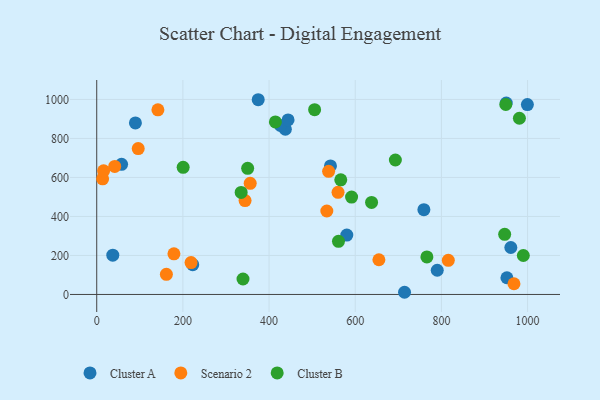
{"axis": {"x": "Ad Spend", "y": "Exam Score"}, "legend": ["Cluster A", "Cluster B", "Scenario 2"], "data": [{"x": "374.8", "y": 998.6, "type": "Cluster A"}, {"x": "961.1", "y": 240.9, "type": "Cluster A"}, {"x": "437.8", "y": 847.3, "type": "Cluster A"}, {"x": "950.5", "y": 981.9, "type": "Cluster A"}, {"x": "790.3", "y": 124.2, "type": "Cluster A"}, {"x": "952.0", "y": 85.6, "type": "Cluster A"}, {"x": "714.4", "y": 11.2, "type": "Cluster A"}, {"x": "759.3", "y": 435.0, "type": "Cluster A"}, {"x": "89.8", "y": 879.4, "type": "Cluster A"}, {"x": "222.8", "y": 152.8, "type": "Cluster A"}, {"x": "57.7", "y": 667.4, "type": "Cluster A"}, {"x": "426.4", "y": 866.8, "type": "Cluster A"}, {"x": "37.3", "y": 201.5, "type": "Cluster A"}, {"x": "542.5", "y": 659.2, "type": "Cluster A"}, {"x": "580.4", "y": 304.7, "type": "Cluster A"}, {"x": "444.1", "y": 894.9, "type": "Cluster A"}, {"x": "999.5", "y": 973.6, "type": "Cluster A"}, {"x": "560.1", "y": 523.6, "type": "Scenario 2"}, {"x": "654.9", "y": 178.1, "type": "Scenario 2"}, {"x": "179.2", "y": 208.4, "type": "Scenario 2"}, {"x": "816.0", "y": 175.2, "type": "Scenario 2"}, {"x": "218.9", "y": 163.5, "type": "Scenario 2"}, {"x": "96.3", "y": 748.0, "type": "Scenario 2"}, {"x": "13.7", "y": 592.9, "type": "Scenario 2"}, {"x": "534.0", "y": 428.0, "type": "Scenario 2"}, {"x": "344.3", "y": 481.2, "type": "Scenario 2"}, {"x": "356.2", "y": 569.7, "type": "Scenario 2"}, {"x": "161.7", "y": 103.0, "type": "Scenario 2"}, {"x": "968.4", "y": 55.0, "type": "Scenario 2"}, {"x": "41.8", "y": 656.8, "type": "Scenario 2"}, {"x": "142.0", "y": 946.6, "type": "Scenario 2"}, {"x": "538.2", "y": 631.4, "type": "Scenario 2"}, {"x": "16.0", "y": 634.2, "type": "Scenario 2"}, {"x": "591.5", "y": 499.2, "type": "Cluster B"}, {"x": "637.9", "y": 471.9, "type": "Cluster B"}, {"x": "949.4", "y": 974.2, "type": "Cluster B"}, {"x": "200.6", "y": 651.9, "type": "Cluster B"}, {"x": "339.5", "y": 79.3, "type": "Cluster B"}, {"x": "566.4", "y": 587.6, "type": "Cluster B"}, {"x": "693.1", "y": 689.4, "type": "Cluster B"}, {"x": "561.1", "y": 272.5, "type": "Cluster B"}, {"x": "981.0", "y": 903.6, "type": "Cluster B"}, {"x": "350.3", "y": 646.7, "type": "Cluster B"}, {"x": "335.2", "y": 523.3, "type": "Cluster B"}, {"x": "414.7", "y": 884.8, "type": "Cluster B"}, {"x": "766.3", "y": 192.5, "type": "Cluster B"}, {"x": "990.1", "y": 199.7, "type": "Cluster B"}, {"x": "946.8", "y": 308.4, "type": "Cluster B"}, {"x": "505.7", "y": 947.5, "type": "Cluster B"}]}